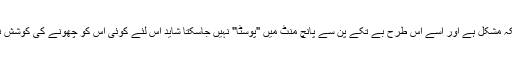
مگر چونکہ مشکل ہے اور اسے اس طرح بے تکے پن سے پانچ منٹ میں "پوسٹا" نہیں جاسکتا شاید اس لئے کوئی اس کو چھونے کی کوشش نہیں کرتا۔